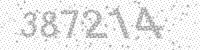
Solution: 387214